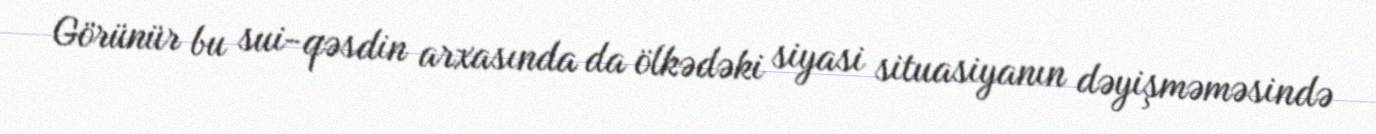
Görünür bu sui-qəsdin arxasında da ölkədəki siyasi situasiyanın dəyişməməsində